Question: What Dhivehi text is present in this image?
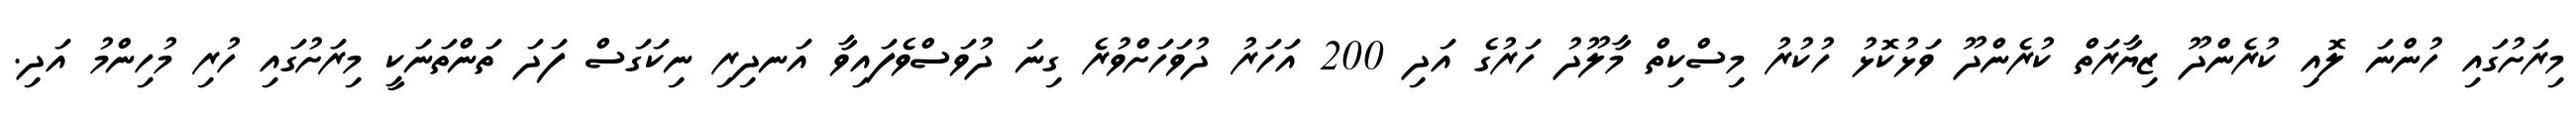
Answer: މިރަށުގައި ހުންނަ ލޮއި ކުރެންދޫ ޒިޔާރަތް ކުރެންދޫ ވަޅުކޮޅު ހުކުރު މިސްކިތް މާލޫދު ހަރުގެ އަދި 200 އަހަރު ދުވަހަށްވުރެ ގިނަ ދުވަސްވެފައިވާ އަނދިރި ނިކަގަސް ފަދަ ތަންތަނަކީ މިރަށުގައި ހުރި މުހިންމު އަދި.